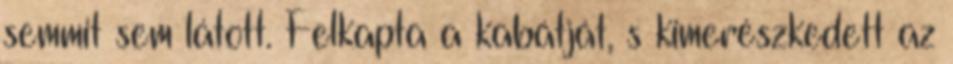
semmit sem látott. Felkapta a kabátját, s kimerészkedett az